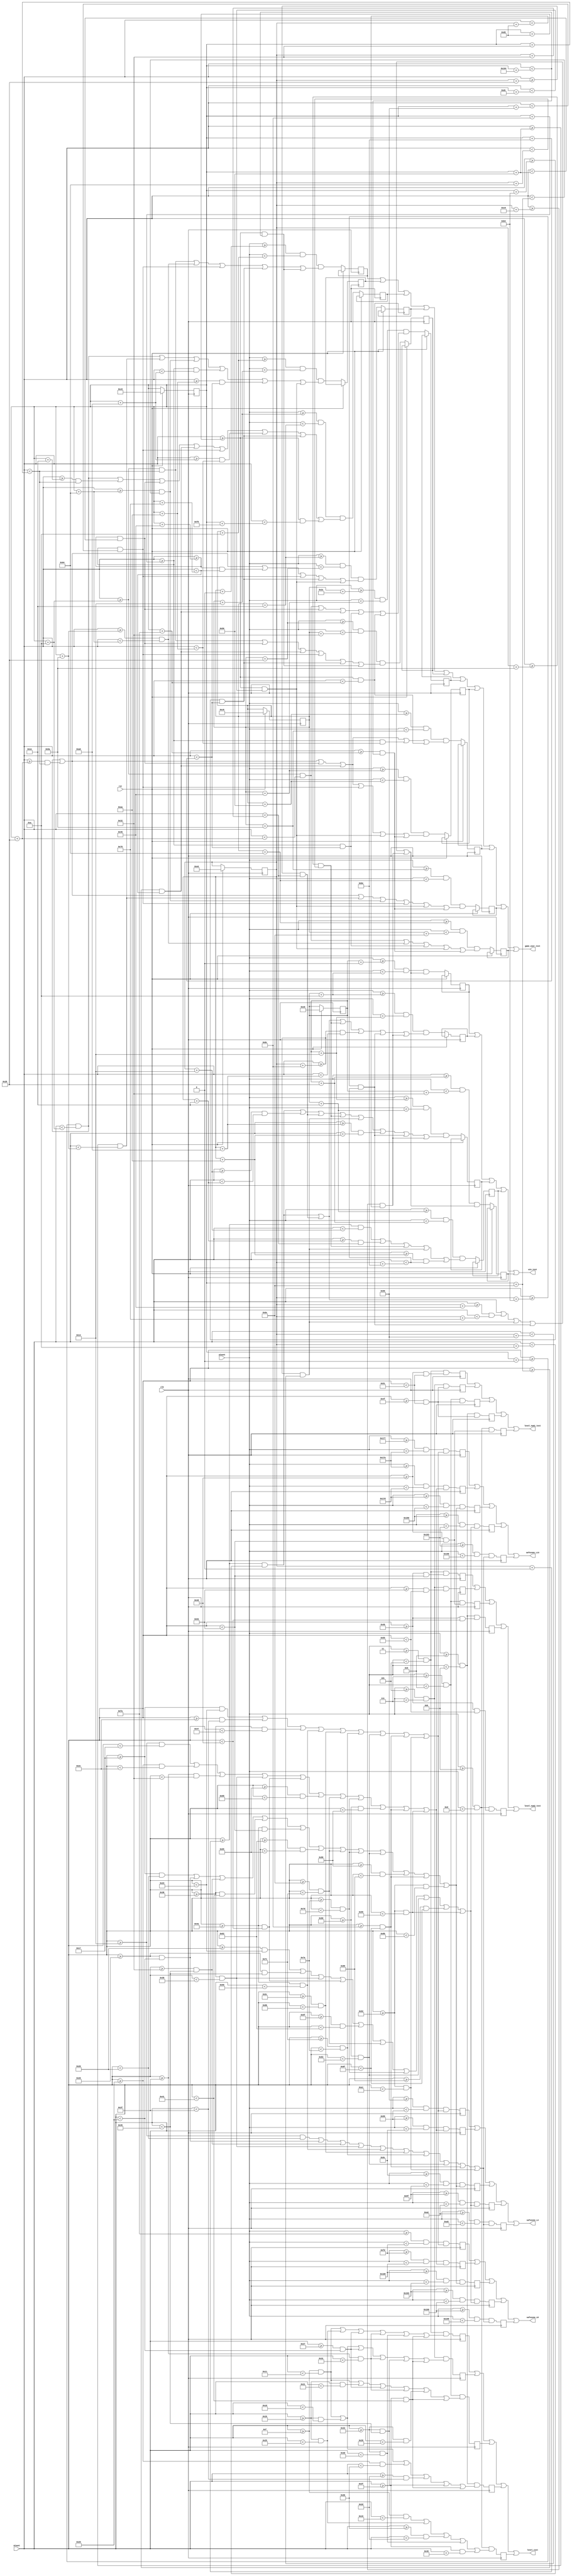
module text(clk,rst,xCount,yCount,game_over_text,win_text,level_text,level_num1_text,level_num2_text,safezone_L4,safezone_L8,safezone_L13);
input clk,rst;
input [9:0]xCount;
input [9:0] yCount;
wire [9:0] xCount;
wire [9:0] yCount;

output game_over_text;
output win_text;
output level_text;
output level_num1_text;
output level_num2_text;
output safezone_L4;
output safezone_L8;
output safezone_L13;


////game over text////
wire game_over_text;
assign game_over_text = (go1 || go2 || go3 || go4 || go5 || go6 || go7 || go8 || go9 || go10);
reg [9:0] game_overX[0:31];
reg [8:0] game_overY[0:31];

//the words "GAME OVER" are displayed with "GAME" above "OVER" and are written with 5 blocks of 10 horizontal pixels (letters are 50 pixels tall) with a 10 pixel gap between the words

//"GAME"
reg go1, go2, go3, go4, go5;

//10 pixel gap

//"OVER"
reg go6, go7, go8, go9, go10;

always@(posedge clk) 
	begin	
			if (rst == 1'b1)
				begin
					game_overX[0] = 10'd200;
					game_overY[0] = 9'd200;
					
				end
			else
				begin
					//"GAME"
					go1 = ((yCount >= (game_overY[0] + 9'd0))  && (yCount < (game_overY[0] + 9'd10)))  &&  ( ( (xCount >= (game_overX[0] + 10'd10)) && (xCount < (game_overX[0] + 10'd50)) ) || ( (xCount >= (game_overX[0] + 10'd90)) && (xCount < (game_overX[0] + 10'd100)) ) || ( (xCount >= (game_overX[0] + 10'd140)) && (xCount < (game_overX[0] + 10'd150)) ) || ( (xCount >= (game_overX[0] + 10'd180)) && (xCount < (game_overX[0] + 10'd190)) ) || ( (xCount >= (game_overX[0] + 10'd210)) && (xCount < (game_overX[0] + 10'd260)) )  );
					go2 = ((yCount >= (game_overY[0] + 9'd10)) && (yCount < (game_overY[0] + 9'd20)))  &&  ( ( (xCount >= (game_overX[0] + 10'd0)) && (xCount < (game_overX[0] + 10'd10)) ) || ( (xCount >= (game_overX[0] + 10'd80)) && (xCount < (game_overX[0] + 10'd90)) ) || ( (xCount >= (game_overX[0] + 10'd100)) && (xCount < (game_overX[0] + 10'd110)) ) || ( (xCount >= (game_overX[0] + 10'd140)) && (xCount < (game_overX[0] + 10'd160)) ) || ( (xCount >= (game_overX[0] + 10'd170)) && (xCount < (game_overX[0] + 10'd190)) ) || ( (xCount >= (game_overX[0] + 10'd210)) && (xCount < (game_overX[0] + 10'd220)) ) );
					go3 = ((yCount >= (game_overY[0] + 9'd20)) && (yCount < (game_overY[0] + 9'd30)))  &&  ( ( (xCount >= (game_overX[0] + 10'd0)) && (xCount < (game_overX[0] + 10'd10)) ) || ( (xCount >= (game_overX[0] + 10'd30)) && (xCount < (game_overX[0] + 10'd50)) ) || ( (xCount >= (game_overX[0] + 10'd70)) && (xCount < (game_overX[0] + 10'd80)) ) || ( (xCount >= (game_overX[0] + 10'd110)) && (xCount < (game_overX[0] + 10'd120)) ) || ( (xCount >= (game_overX[0] + 10'd140)) && (xCount < (game_overX[0] + 10'd150)) ) || ( (xCount >= (game_overX[0] + 10'd160)) && (xCount < (game_overX[0] + 10'd170)) ) || ( (xCount >= (game_overX[0] + 10'd180)) && (xCount < (game_overX[0] + 10'd190)) ) || ( (xCount >= (game_overX[0] + 10'd210)) && (xCount < (game_overX[0] + 10'd240)) ) );
					go4 = ((yCount >= (game_overY[0] + 9'd30)) && (yCount < (game_overY[0] + 9'd40)))  &&  ( ( (xCount >= (game_overX[0] + 10'd0)) && (xCount < (game_overX[0] + 10'd10)) ) || ( (xCount >= (game_overX[0] + 10'd40)) && (xCount < (game_overX[0] + 10'd50)) ) || ( (xCount >= (game_overX[0] + 10'd70)) && (xCount < (game_overX[0] + 10'd120)) ) || ( (xCount >= (game_overX[0] + 10'd140)) && (xCount < (game_overX[0] + 10'd150)) ) || ( (xCount >= (game_overX[0] + 10'd180)) && (xCount < (game_overX[0] + 10'd190)) ) || ( (xCount >= (game_overX[0] + 10'd210)) && (xCount < (game_overX[0] + 10'd220)) ) );
					go5 = ((yCount >= (game_overY[0] + 9'd40)) && (yCount < (game_overY[0] + 9'd50)))  &&  ( ( (xCount >= (game_overX[0] + 10'd10)) && (xCount < (game_overX[0] + 10'd50)) ) || ( (xCount >= (game_overX[0] + 10'd70)) && (xCount < (game_overX[0] + 10'd80)) ) || ( (xCount >= (game_overX[0] + 10'd110)) && (xCount < (game_overX[0] + 10'd120)) ) || ( (xCount >= (game_overX[0] + 10'd140)) && (xCount < (game_overX[0] + 10'd150)) ) || ( (xCount >= (game_overX[0] + 10'd180)) && (xCount < (game_overX[0] + 10'd190)) ) || ( (xCount >= (game_overX[0] + 10'd210)) && (xCount < (game_overX[0] + 10'd260)) ) );
					//gap
					//"OVER"
					go6 =  ((yCount >= (game_overY[0] + 9'd60))  && (yCount < (game_overY[0] + 9'd70)))  &&  ( ( (xCount >= (game_overX[0] + 10'd10)) && (xCount < (game_overX[0] + 10'd40)) ) || ( (xCount >= (game_overX[0] + 10'd70)) && (xCount < (game_overX[0] + 10'd80)) ) || ( (xCount >= (game_overX[0] + 10'd110)) && (xCount < (game_overX[0] + 10'd120)) ) || ( (xCount >= (game_overX[0] + 10'd140)) && (xCount < (game_overX[0] + 10'd190)) ) || ( (xCount >= (game_overX[0] + 10'd210)) && (xCount < (game_overX[0] + 10'd250)) ) );
					go7 =  ((yCount >= (game_overY[0] + 9'd70))  && (yCount < (game_overY[0] + 9'd80)))  &&  ( ( (xCount >= (game_overX[0] + 10'd0)) && (xCount < (game_overX[0] + 10'd10)) ) || ( (xCount >= (game_overX[0] + 10'd40)) && (xCount < (game_overX[0] + 10'd50)) ) || ( (xCount >= (game_overX[0] + 10'd70)) && (xCount < (game_overX[0] + 10'd80)) ) || ( (xCount >= (game_overX[0] + 10'd110)) && (xCount < (game_overX[0] + 10'd120)) ) || ( (xCount >= (game_overX[0] + 10'd140)) && (xCount < (game_overX[0] + 10'd150)) ) || ( (xCount >= (game_overX[0] + 10'd210)) && (xCount < (game_overX[0] + 10'd220)) ) || ( (xCount >= (game_overX[0] + 10'd250)) && (xCount < (game_overX[0] + 10'd260)) ) );
					go8 =  ((yCount >= (game_overY[0] + 9'd80))  && (yCount < (game_overY[0] + 9'd90)))  &&  ( ( (xCount >= (game_overX[0] + 10'd0)) && (xCount < (game_overX[0] + 10'd10)) ) || ( (xCount >= (game_overX[0] + 10'd40)) && (xCount < (game_overX[0] + 10'd50)) ) || ( (xCount >= (game_overX[0] + 10'd70)) && (xCount < (game_overX[0] + 10'd80)) ) || ( (xCount >= (game_overX[0] + 10'd110)) && (xCount < (game_overX[0] + 10'd120)) ) || ( (xCount >= (game_overX[0] + 10'd140)) && (xCount < (game_overX[0] + 10'd170)) ) || ( (xCount >= (game_overX[0] + 10'd210)) && (xCount < (game_overX[0] + 10'd250)) ) );
					go9 =  ((yCount >= (game_overY[0] + 9'd90))  && (yCount < (game_overY[0] + 9'd100))) &&  ( ( (xCount >= (game_overX[0] + 10'd0)) && (xCount < (game_overX[0] + 10'd10)) ) || ( (xCount >= (game_overX[0] + 10'd40)) && (xCount < (game_overX[0] + 10'd50)) ) || ( (xCount >= (game_overX[0] + 10'd80)) && (xCount < (game_overX[0] + 10'd90)) ) || ( (xCount >= (game_overX[0] + 10'd100)) && (xCount < (game_overX[0] + 10'd110)) ) || ( (xCount >= (game_overX[0] + 10'd140)) && (xCount < (game_overX[0] + 10'd150)) ) || ( (xCount >= (game_overX[0] + 10'd210)) && (xCount < (game_overX[0] + 10'd220)) ) || ( (xCount >= (game_overX[0] + 10'd250)) && (xCount < (game_overX[0] + 10'd260)) ) );
					go10 = ((yCount >= (game_overY[0] + 9'd100)) && (yCount < (game_overY[0] + 9'd110))) &&  ( ( (xCount >= (game_overX[0] + 10'd10)) && (xCount < (game_overX[0] + 10'd40)) ) || ( (xCount >= (game_overX[0] + 10'd90)) && (xCount < (game_overX[0] + 10'd100)) ) || ( (xCount >= (game_overX[0] + 10'd140)) && (xCount < (game_overX[0] + 10'd190)) ) || ( (xCount >= (game_overX[0] + 10'd210)) && (xCount < (game_overX[0] + 10'd220)) ) || ( (xCount >= (game_overX[0] + 10'd250)) && (xCount < (game_overX[0] + 10'd260)) ) );
				end
	end
//
////

////win text////
wire win_text;
assign win_text = (win1 || win2 || win3 || win4 || win5);
reg [9:0] wt_X[0:31];
reg [8:0] wt_Y[0:31];

// the text "WIN!" is written in the same style as the game over text
reg win1, win2, win3, win4, win5;

always @(posedge clk)
	begin
		if (rst == 1'b1)
			begin
				wt_X[0] = 10'd230;
				wt_Y[0] = 9'd230;
			end
		else
			begin
			//"WIN!"
			win1 = ((yCount >= (wt_Y[0] + 9'd0))  && (yCount < (wt_Y[0] + 9'd10)))  && ( ( (xCount >= (wt_X[0] + 10'd0)) && (xCount < (wt_X[0] + 10'd10)) ) || ( (xCount >= (wt_X[0] + 10'd40)) && (xCount < (wt_X[0] + 10'd50)) ) || ( (xCount >= (wt_X[0] + 10'd70)) && (xCount < (wt_X[0] + 10'd120)) ) || ( (xCount >= (wt_X[0] + 10'd140)) && (xCount < (wt_X[0] + 10'd150)) ) || ((xCount >= (wt_X[0] + 10'd180)) && (xCount < (wt_X[0] + 10'd190)) ) || ( (xCount >= (wt_X[0] + 10'd200)) && (xCount < (wt_X[0] + 10'd210)) ) );
			win2 = ((yCount >= (wt_Y[0] + 9'd10)) && (yCount < (wt_Y[0] + 9'd20)))  && ( ( (xCount >= (wt_X[0] + 10'd0)) && (xCount < (wt_X[0] + 10'd10)) ) || ( (xCount >= (wt_X[0] + 10'd40)) && (xCount < (wt_X[0] + 10'd50)) ) || ( (xCount >= (wt_X[0] + 10'd90)) && (xCount < (wt_X[0] + 10'd100)) ) || ( (xCount >= (wt_X[0] + 10'd140)) && (xCount < (wt_X[0] + 10'd160)) ) || ((xCount >= (wt_X[0] + 10'd180)) && (xCount < (wt_X[0] + 10'd190)) ) || ( (xCount >= (wt_X[0] + 10'd200)) && (xCount < (wt_X[0] + 10'd210)) ) );
			win3 = ((yCount >= (wt_Y[0] + 9'd20)) && (yCount < (wt_Y[0] + 9'd30)))  && ( ( (xCount >= (wt_X[0] + 10'd0)) && (xCount < (wt_X[0] + 10'd10)) ) || ( (xCount >= (wt_X[0] + 10'd20)) && (xCount < (wt_X[0] + 10'd30)) ) || ( (xCount >= (wt_X[0] + 10'd40)) && (xCount < (wt_X[0] + 10'd50)) ) || ( (xCount >= (wt_X[0] + 10'd90)) && (xCount < (wt_X[0] + 10'd100)) ) || ( (xCount >= (wt_X[0] + 10'd140)) && (xCount < (wt_X[0] + 10'd150)) ) || ((xCount >= (wt_X[0] + 10'd160)) && (xCount < (wt_X[0] + 10'd170)) ) || ( (xCount >= (wt_X[0] + 10'd180)) && (xCount < (wt_X[0] + 10'd190)) ) || ( (xCount >= (wt_X[0] + 10'd200)) && (xCount < (wt_X[0] + 10'd210)) ) );
			win4 = ((yCount >= (wt_Y[0] + 9'd30)) && (yCount < (wt_Y[0] + 9'd40)))  && ( ( (xCount >= (wt_X[0] + 10'd0)) && (xCount < (wt_X[0] + 10'd20)) ) || ( (xCount >= (wt_X[0] + 10'd30)) && (xCount < (wt_X[0] + 10'd50)) ) || ( (xCount >= (wt_X[0] + 10'd90)) && (xCount < (wt_X[0] + 10'd100)) ) || ( (xCount >= (wt_X[0] + 10'd140)) && (xCount < (wt_X[0] + 10'd150)) ) || ((xCount >= (wt_X[0] + 10'd170)) && (xCount < (wt_X[0] + 10'd190)) ) );
			win5 = ((yCount >= (wt_Y[0] + 9'd40)) && (yCount < (wt_Y[0] + 9'd50)))  && ( ( (xCount >= (wt_X[0] + 10'd0)) && (xCount < (wt_X[0] + 10'd10)) ) || ( (xCount >= (wt_X[0] + 10'd40)) && (xCount < (wt_X[0] + 10'd50)) ) || ( (xCount >= (wt_X[0] + 10'd70)) && (xCount < (wt_X[0] + 10'd120)) ) || ( (xCount >= (wt_X[0] + 10'd140)) && (xCount < (wt_X[0] + 10'd150)) ) || ((xCount >= (wt_X[0] + 10'd180)) && (xCount < (wt_X[0] + 10'd190)) ) || ( (xCount >= (wt_X[0] + 10'd200)) && (xCount < (wt_X[0] + 10'd210)) ) );
			end
	end
//
////

////level and level number text////
//the text "LEVEL 1" and "LEVEL 2" is written in the same font as the win and game over text, but is scaled down from blocks that are 10 pixels each to blocks that are 2 pixels each
wire level_text;
wire level_num1_text;
wire level_num2_text;
reg [9:0] level_X[0:31];
reg [8:0] level_Y[0:31];

assign level_text = (lvl1 || lvl2 || lvl3 || lvl4 || lvl5);
assign level_num1_text = (lvone1 || lvone2 || lvone3 || lvone4 || lvone5);
assign level_num2_text = (lvtwo1 || lvtwo2 || lvtwo3 || lvtwo4 || lvtwo5);

reg lvl1, lvl2, lvl3, lvl4, lvl5;
reg lvone1, lvone2, lvone3, lvone4, lvone5;
reg lvtwo1, lvtwo2, lvtwo3, lvtwo4, lvtwo5;

always @(posedge clk)
	begin
		level_X[0] = 10'd15;
		level_Y[0] = 9'd3;
		//"LEVEL"
		lvl1 = ((yCount >= (level_Y[0] + 9'd0))  && (yCount < (level_Y[0] + 9'd2)))  && ( ( (xCount >= (level_X[0] + 10'd0)) && (xCount < (level_X[0] + 10'd2)) )  || ( (xCount >= (level_X[0] + 10'd12)) && (xCount < (level_X[0] + 10'd22)) ) || ( (xCount >= (level_X[0] + 10'd24)) && (xCount < (level_X[0] + 10'd26)) ) || ( (xCount >= (level_X[0] + 10'd32)) && (xCount < (level_X[0] + 10'd34)) ) || ( (xCount >= (level_X[0] + 10'd36)) && (xCount < (level_X[0] + 10'd46)) ) || ( (xCount >= (level_X[0] + 10'd48)) && (xCount < (level_X[0] + 10'd50)) ) );
		lvl2 = ((yCount >= (level_Y[0] + 9'd2))  && (yCount < (level_Y[0] + 9'd4)))  && ( ( (xCount >= (level_X[0] + 10'd0)) && (xCount < (level_X[0] + 10'd2)) )  || ( (xCount >= (level_X[0] + 10'd12)) && (xCount < (level_X[0] + 10'd14)) ) || ( (xCount >= (level_X[0] + 10'd24)) && (xCount < (level_X[0] + 10'd26)) ) || ( (xCount >= (level_X[0] + 10'd32)) && (xCount < (level_X[0] + 10'd34)) ) || ( (xCount >= (level_X[0] + 10'd36)) && (xCount < (level_X[0] + 10'd38)) ) || ( (xCount >= (level_X[0] + 10'd48)) && (xCount < (level_X[0] + 10'd50)) ) );
		lvl3 = ((yCount >= (level_Y[0] + 9'd4))  && (yCount < (level_Y[0] + 9'd6)))  && ( ( (xCount >= (level_X[0] + 10'd0)) && (xCount < (level_X[0] + 10'd2)) )  || ( (xCount >= (level_X[0] + 10'd12)) && (xCount < (level_X[0] + 10'd18)) ) || ( (xCount >= (level_X[0] + 10'd24)) && (xCount < (level_X[0] + 10'd26)) ) || ( (xCount >= (level_X[0] + 10'd32)) && (xCount < (level_X[0] + 10'd34)) ) || ( (xCount >= (level_X[0] + 10'd36)) && (xCount < (level_X[0] + 10'd42)) ) || ( (xCount >= (level_X[0] + 10'd48)) && (xCount < (level_X[0] + 10'd50)) ) );
		lvl4 = ((yCount >= (level_Y[0] + 9'd6))  && (yCount < (level_Y[0] + 9'd8)))  && ( ( (xCount >= (level_X[0] + 10'd0)) && (xCount < (level_X[0] + 10'd2)) )  || ( (xCount >= (level_X[0] + 10'd12)) && (xCount < (level_X[0] + 10'd14)) ) || ( (xCount >= (level_X[0] + 10'd26)) && (xCount < (level_X[0] + 10'd28)) ) || ( (xCount >= (level_X[0] + 10'd30)) && (xCount < (level_X[0] + 10'd32)) ) || ( (xCount >= (level_X[0] + 10'd36)) && (xCount < (level_X[0] + 10'd38)) ) || ( (xCount >= (level_X[0] + 10'd48)) && (xCount < (level_X[0] + 10'd50)) ) );
		lvl5 = ((yCount >= (level_Y[0] + 9'd8))  && (yCount < (level_Y[0] + 9'd10))) && ( ( (xCount >= (level_X[0] + 10'd0)) && (xCount < (level_X[0] + 10'd10)) ) || ( (xCount >= (level_X[0] + 10'd12)) && (xCount < (level_X[0] + 10'd22)) ) || ( (xCount >= (level_X[0] + 10'd28)) && (xCount < (level_X[0] + 10'd30)) ) || ( (xCount >= (level_X[0] + 10'd36)) && (xCount < (level_X[0] + 10'd46)) ) || ( (xCount >= (level_X[0] + 10'd48)) && (xCount < (level_X[0] + 10'd58)) )  );
		
		//"1"
		lvone1 = ((yCount >= (level_Y[0] + 9'd0))  && (yCount < (level_Y[0] + 9'd2)))   && ( (xCount >= (level_X[0] + 10'd62)) && (xCount < (level_X[0] + 10'd66)) );
		lvone2 = ((yCount >= (level_Y[0] + 9'd2))  && (yCount < (level_Y[0] + 9'd4)))   && ( (xCount >= (level_X[0] + 10'd64)) && (xCount < (level_X[0] + 10'd66)) );
		lvone3 = ((yCount >= (level_Y[0] + 9'd4))  && (yCount < (level_Y[0] + 9'd6)))   && ( (xCount >= (level_X[0] + 10'd64)) && (xCount < (level_X[0] + 10'd66)) );
		lvone4 = ((yCount >= (level_Y[0] + 9'd6))  && (yCount < (level_Y[0] + 9'd8)))   && ( (xCount >= (level_X[0] + 10'd64)) && (xCount < (level_X[0] + 10'd66)) );
		lvone5 = ((yCount >= (level_Y[0] + 9'd8))  && (yCount < (level_Y[0] + 9'd10)))  && ( (xCount >= (level_X[0] + 10'd62)) && (xCount < (level_X[0] + 10'd68)) );
		
		//"2"
		lvtwo1 = ((yCount >= (level_Y[0] + 9'd0))  && (yCount < (level_Y[0] + 9'd2)))   && ( (xCount >= (level_X[0] + 10'd60)) && (xCount < (level_X[0] + 10'd68)) );
		lvtwo2 = ((yCount >= (level_Y[0] + 9'd2))  && (yCount < (level_Y[0] + 9'd4)))   && ( (xCount >= (level_X[0] + 10'd68)) && (xCount < (level_X[0] + 10'd70)) );
		lvtwo3 = ((yCount >= (level_Y[0] + 9'd4))  && (yCount < (level_Y[0] + 9'd6)))   && ( (xCount >= (level_X[0] + 10'd62)) && (xCount < (level_X[0] + 10'd68)) );
		lvtwo4 = ((yCount >= (level_Y[0] + 9'd6))  && (yCount < (level_Y[0] + 9'd8)))   && ( (xCount >= (level_X[0] + 10'd60)) && (xCount < (level_X[0] + 10'd62)) );
		lvtwo5 = ((yCount >= (level_Y[0] + 9'd8))  && (yCount < (level_Y[0] + 9'd10)))  && ( (xCount >= (level_X[0] + 10'd60)) && (xCount < (level_X[0] + 10'd70)) );
	end
//
////

////safe zone text////
//the text "SAFE ZONE" is written in the same font as the other text, but is scaled to blocks that are 3 pixels each

//there are 3 "safe zone" lanes in level one only
wire safezone_L4;  //lane 4
wire safezone_L8;  //lane 8
wire safezone_L13; //lane 13

reg [9:0] sz4_X[0:31];
reg [8:0] sz4_Y[0:31];
reg [9:0] sz8_X[0:31];
reg [8:0] sz8_Y[0:31];
reg [9:0] sz13_X[0:31];
reg [8:0] sz13_Y[0:31];

assign safezone_L4 = (s4_1 || s4_2 || s4_3 || s4_4 || s4_5);
assign safezone_L8 = (s8_1 || s8_2 || s8_3 || s8_4 || s8_5);
assign safezone_L13 = (s13_1 || s13_2 || s13_3 || s13_4 || s13_5);

reg s4_1, s4_2, s4_3, s4_4, s4_5;
reg s8_1, s8_2, s8_3, s8_4, s8_5;
reg s13_1, s13_2, s13_3, s13_4, s13_5;

always @(posedge clk)
	begin
		sz4_X[0] = 10'd20;
		sz4_Y[0] = 9'd150;
		sz8_X[0] = 10'd20;
		sz8_Y[0] = 9'd250;
		sz13_X[0] = 10'd20;
		sz13_Y[0] = 9'd375;
		
		//"SAFE ZONE" in lane 4
		s4_1 = ((yCount >= (sz4_Y[0] + 9'd0))  && (yCount < (sz4_Y[0] + 9'd3)))   && ( ( (xCount >= (sz4_X[0] + 10'd3)) && (xCount < (sz4_X[0] + 10'd15)) ) || ( (xCount >= (sz4_X[0] + 10'd24)) && (xCount < (sz4_X[0] + 10'd27)) ) || ( (xCount >= (sz4_X[0] + 10'd36)) && (xCount < (sz4_X[0] + 10'd51)) ) || ( (xCount >= (sz4_X[0] + 10'd54)) && (xCount < (sz4_X[0] + 10'd69)) ) || ( (xCount >= (sz4_X[0] + 10'd72)) && (xCount < (sz4_X[0] + 10'd87)) ) || ( (xCount >= (sz4_X[0] + 10'd93)) && (xCount < (sz4_X[0] + 10'd102)) ) || ( (xCount >= (sz4_X[0] + 10'd108)) && (xCount < (sz4_X[0] + 10'd111)) ) || ( (xCount >= (sz4_X[0] + 10'd120)) && (xCount < (sz4_X[0] + 10'd123)) ) || ( (xCount >= (sz4_X[0] + 10'd126)) && (xCount < (sz4_X[0] + 10'd141)) ) );
		s4_2 = ((yCount >= (sz4_Y[0] + 9'd3))  && (yCount < (sz4_Y[0] + 9'd6)))   && ( ( (xCount >= (sz4_X[0] + 10'd0)) && (xCount < (sz4_X[0] + 10'd3)) ) ||  ( (xCount >= (sz4_X[0] + 10'd21)) && (xCount < (sz4_X[0] + 10'd24)) ) || ( (xCount >= (sz4_X[0] + 10'd27)) && (xCount < (sz4_X[0] + 10'd30)) ) || ( (xCount >= (sz4_X[0] + 10'd36)) && (xCount < (sz4_X[0] + 10'd39)) ) || ( (xCount >= (sz4_X[0] + 10'd54)) && (xCount < (sz4_X[0] + 10'd57)) ) || ( (xCount >= (sz4_X[0] + 10'd81)) && (xCount < (sz4_X[0] + 10'd84)) ) || ( (xCount >= (sz4_X[0] + 10'd90)) && (xCount < (sz4_X[0] + 10'd93)) ) || ( (xCount >= (sz4_X[0] + 10'd102)) && (xCount < (sz4_X[0] + 10'd105)) ) || ( (xCount >= (sz4_X[0] + 10'd108)) && (xCount < (sz4_X[0] + 10'd114)) ) || ( (xCount >= (sz4_X[0] + 10'd120)) && (xCount < (sz4_X[0] + 10'd123)) ) || ( (xCount >= (sz4_X[0] + 10'd126)) && (xCount < (sz4_X[0] + 10'd129)) ) );
		s4_3 = ((yCount >= (sz4_Y[0] + 9'd6))  && (yCount < (sz4_Y[0] + 9'd9)))   && ( ( (xCount >= (sz4_X[0] + 10'd3)) && (xCount < (sz4_X[0] + 10'd12)) ) ||  ( (xCount >= (sz4_X[0] + 10'd18)) && (xCount < (sz4_X[0] + 10'd21)) ) || ( (xCount >= (sz4_X[0] + 10'd30)) && (xCount < (sz4_X[0] + 10'd33)) ) || ( (xCount >= (sz4_X[0] + 10'd36)) && (xCount < (sz4_X[0] + 10'd45)) ) || ( (xCount >= (sz4_X[0] + 10'd54)) && (xCount < (sz4_X[0] + 10'd63)) ) || ( (xCount >= (sz4_X[0] + 10'd78)) && (xCount < (sz4_X[0] + 10'd81)) ) || ( (xCount >= (sz4_X[0] + 10'd90)) && (xCount < (sz4_X[0] + 10'd93)) ) || ( (xCount >= (sz4_X[0] + 10'd102)) && (xCount < (sz4_X[0] + 10'd105)) ) || ( (xCount >= (sz4_X[0] + 10'd108)) && (xCount < (sz4_X[0] + 10'd111)) ) || ( (xCount >= (sz4_X[0] + 10'd114)) && (xCount < (sz4_X[0] + 10'd117)) ) || ( (xCount >= (sz4_X[0] + 10'd120)) && (xCount < (sz4_X[0] + 10'd123)) ) || ( (xCount >= (sz4_X[0] + 10'd126)) && (xCount < (sz4_X[0] + 10'd135)) ) );
		s4_4 = ((yCount >= (sz4_Y[0] + 9'd9))  && (yCount < (sz4_Y[0] + 9'd12)))  && ( ( (xCount >= (sz4_X[0] + 10'd12)) && (xCount < (sz4_X[0] + 10'd15)) ) || ( (xCount >= (sz4_X[0] + 10'd18)) && (xCount < (sz4_X[0] + 10'd33)) ) || ( (xCount >= (sz4_X[0] + 10'd36)) && (xCount < (sz4_X[0] + 10'd39)) ) || ( (xCount >= (sz4_X[0] + 10'd54)) && (xCount < (sz4_X[0] + 10'd57)) ) || ( (xCount >= (sz4_X[0] + 10'd75)) && (xCount < (sz4_X[0] + 10'd78)) ) || ( (xCount >= (sz4_X[0] + 10'd90)) && (xCount < (sz4_X[0] + 10'd93)) ) || ( (xCount >= (sz4_X[0] + 10'd102)) && (xCount < (sz4_X[0] + 10'd105)) ) || ( (xCount >= (sz4_X[0] + 10'd108)) && (xCount < (sz4_X[0] + 10'd111)) ) || ( (xCount >= (sz4_X[0] + 10'd117)) && (xCount < (sz4_X[0] + 10'd123)) ) || ( (xCount >= (sz4_X[0] + 10'd126)) && (xCount < (sz4_X[0] + 10'd129)) ) );
		s4_5 = ((yCount >= (sz4_Y[0] + 9'd12)) && (yCount < (sz4_Y[0] + 9'd15)))  && ( ( (xCount >= (sz4_X[0] + 10'd0)) && (xCount < (sz4_X[0] + 10'd12)) ) || ( (xCount >= (sz4_X[0] + 10'd18)) && (xCount < (sz4_X[0] + 10'd21)) ) || ( (xCount >= (sz4_X[0] + 10'd30)) && (xCount < (sz4_X[0] + 10'd33)) ) || ( (xCount >= (sz4_X[0] + 10'd36)) && (xCount < (sz4_X[0] + 10'd39)) ) || ( (xCount >= (sz4_X[0] + 10'd54)) && (xCount < (sz4_X[0] + 10'd69)) ) || ( (xCount >= (sz4_X[0] + 10'd72)) && (xCount < (sz4_X[0] + 10'd87)) ) || ( (xCount >= (sz4_X[0] + 10'd93)) && (xCount < (sz4_X[0] + 10'd102)) ) || ( (xCount >= (sz4_X[0] + 10'd108)) && (xCount < (sz4_X[0] + 10'd111)) ) || ( (xCount >= (sz4_X[0] + 10'd120)) && (xCount < (sz4_X[0] + 10'd123)) ) || ( (xCount >= (sz4_X[0] + 10'd126)) && (xCount < (sz4_X[0] + 10'd141)) ) );		
		
		//"SAFE ZONE" in lane 8
		s8_1 = ((yCount >= (sz8_Y[0] + 9'd0))  && (yCount < (sz8_Y[0] + 9'd3)))   && ( ( (xCount >= (sz8_X[0] + 10'd3)) && (xCount < (sz8_X[0] + 10'd15)) ) || ( (xCount >= (sz8_X[0] + 10'd24)) && (xCount < (sz8_X[0] + 10'd27)) ) || ( (xCount >= (sz8_X[0] + 10'd36)) && (xCount < (sz8_X[0] + 10'd51)) ) || ( (xCount >= (sz8_X[0] + 10'd54)) && (xCount < (sz8_X[0] + 10'd69)) ) || ( (xCount >= (sz8_X[0] + 10'd72)) && (xCount < (sz8_X[0] + 10'd87)) ) || ( (xCount >= (sz8_X[0] + 10'd93)) && (xCount < (sz8_X[0] + 10'd102)) ) || ( (xCount >= (sz8_X[0] + 10'd108)) && (xCount < (sz8_X[0] + 10'd111)) ) || ( (xCount >= (sz8_X[0] + 10'd120)) && (xCount < (sz8_X[0] + 10'd123)) ) || ( (xCount >= (sz8_X[0] + 10'd126)) && (xCount < (sz8_X[0] + 10'd141)) ) );
		s8_2 = ((yCount >= (sz8_Y[0] + 9'd3))  && (yCount < (sz8_Y[0] + 9'd6)))   && ( ( (xCount >= (sz8_X[0] + 10'd0)) && (xCount < (sz8_X[0] + 10'd3)) ) ||  ( (xCount >= (sz8_X[0] + 10'd21)) && (xCount < (sz8_X[0] + 10'd24)) ) || ( (xCount >= (sz8_X[0] + 10'd27)) && (xCount < (sz8_X[0] + 10'd30)) ) || ( (xCount >= (sz8_X[0] + 10'd36)) && (xCount < (sz8_X[0] + 10'd39)) ) || ( (xCount >= (sz8_X[0] + 10'd54)) && (xCount < (sz8_X[0] + 10'd57)) ) || ( (xCount >= (sz8_X[0] + 10'd81)) && (xCount < (sz8_X[0] + 10'd84)) ) || ( (xCount >= (sz8_X[0] + 10'd90)) && (xCount < (sz8_X[0] + 10'd93)) ) || ( (xCount >= (sz8_X[0] + 10'd102)) && (xCount < (sz8_X[0] + 10'd105)) ) || ( (xCount >= (sz8_X[0] + 10'd108)) && (xCount < (sz8_X[0] + 10'd114)) ) || ( (xCount >= (sz8_X[0] + 10'd120)) && (xCount < (sz8_X[0] + 10'd123)) ) || ( (xCount >= (sz8_X[0] + 10'd126)) && (xCount < (sz8_X[0] + 10'd129)) ) );
		s8_3 = ((yCount >= (sz8_Y[0] + 9'd6))  && (yCount < (sz8_Y[0] + 9'd9)))   && ( ( (xCount >= (sz8_X[0] + 10'd3)) && (xCount < (sz8_X[0] + 10'd12)) ) ||  ( (xCount >= (sz8_X[0] + 10'd18)) && (xCount < (sz8_X[0] + 10'd21)) ) || ( (xCount >= (sz8_X[0] + 10'd30)) && (xCount < (sz8_X[0] + 10'd33)) ) || ( (xCount >= (sz8_X[0] + 10'd36)) && (xCount < (sz8_X[0] + 10'd45)) ) || ( (xCount >= (sz8_X[0] + 10'd54)) && (xCount < (sz8_X[0] + 10'd63)) ) ||  ( (xCount >= (sz8_X[0] + 10'd78)) && (xCount < (sz8_X[0] + 10'd81)) ) || ( (xCount >= (sz8_X[0] + 10'd90)) && (xCount < (sz8_X[0] + 10'd93)) ) || ( (xCount >= (sz8_X[0] + 10'd102)) && (xCount < (sz8_X[0] + 10'd105)) ) || ( (xCount >= (sz8_X[0] + 10'd108)) && (xCount < (sz8_X[0] + 10'd111)) ) || ( (xCount >= (sz8_X[0] + 10'd114)) && (xCount < (sz8_X[0] + 10'd117)) ) || ( (xCount >= (sz8_X[0] + 10'd120)) && (xCount < (sz8_X[0] + 10'd123)) ) || ( (xCount >= (sz8_X[0] + 10'd126)) && (xCount < (sz8_X[0] + 10'd135)) ) );
		s8_4 = ((yCount >= (sz8_Y[0] + 9'd9))  && (yCount < (sz8_Y[0] + 9'd12)))  && ( ( (xCount >= (sz8_X[0] + 10'd12)) && (xCount < (sz8_X[0] + 10'd15)) ) || ( (xCount >= (sz8_X[0] + 10'd18)) && (xCount < (sz8_X[0] + 10'd33)) ) || ( (xCount >= (sz8_X[0] + 10'd36)) && (xCount < (sz8_X[0] + 10'd39)) ) || ( (xCount >= (sz8_X[0] + 10'd54)) && (xCount < (sz8_X[0] + 10'd57)) ) || ( (xCount >= (sz8_X[0] + 10'd75)) && (xCount < (sz8_X[0] + 10'd78)) ) || ( (xCount >= (sz8_X[0] + 10'd90)) && (xCount < (sz8_X[0] + 10'd93)) ) || ( (xCount >= (sz8_X[0] + 10'd102)) && (xCount < (sz8_X[0] + 10'd105)) ) || ( (xCount >= (sz8_X[0] + 10'd108)) && (xCount < (sz8_X[0] + 10'd111)) ) || ( (xCount >= (sz8_X[0] + 10'd117)) && (xCount < (sz8_X[0] + 10'd123)) ) || ( (xCount >= (sz8_X[0] + 10'd126)) && (xCount < (sz8_X[0] + 10'd129)) ) );
		s8_5 = ((yCount >= (sz8_Y[0] + 9'd12)) && (yCount < (sz8_Y[0] + 9'd15)))  && ( ( (xCount >= (sz8_X[0] + 10'd0)) && (xCount < (sz8_X[0] + 10'd12)) ) || ( (xCount >= (sz8_X[0] + 10'd18)) && (xCount < (sz8_X[0] + 10'd21)) ) || ( (xCount >= (sz8_X[0] + 10'd30)) && (xCount < (sz8_X[0] + 10'd33)) ) || ( (xCount >= (sz8_X[0] + 10'd36)) && (xCount < (sz8_X[0] + 10'd39)) ) || ( (xCount >= (sz8_X[0] + 10'd54)) && (xCount < (sz8_X[0] + 10'd69)) ) || ( (xCount >= (sz8_X[0] + 10'd72)) && (xCount < (sz8_X[0] + 10'd87)) ) || ( (xCount >= (sz8_X[0] + 10'd93)) && (xCount < (sz8_X[0] + 10'd102)) ) || ( (xCount >= (sz8_X[0] + 10'd108)) && (xCount < (sz8_X[0] + 10'd111)) ) || ( (xCount >= (sz8_X[0] + 10'd120)) && (xCount < (sz8_X[0] + 10'd123)) ) || ( (xCount >= (sz8_X[0] + 10'd126)) && (xCount < (sz8_X[0] + 10'd141)) ) );		
		
		//"SAFE ZONE" in lane 13
		s13_1 = ((yCount >= (sz13_Y[0] + 9'd0))  && (yCount < (sz13_Y[0] + 9'd3)))   && ( ( (xCount >= (sz13_X[0] + 10'd3)) && (xCount < (sz13_X[0] + 10'd15)) ) || ( (xCount >= (sz13_X[0] + 10'd24)) && (xCount < (sz13_X[0] + 10'd27)) ) || ( (xCount >= (sz13_X[0] + 10'd36)) && (xCount < (sz13_X[0] + 10'd51)) ) || ( (xCount >= (sz13_X[0] + 10'd54)) && (xCount < (sz13_X[0] + 10'd69)) ) || ( (xCount >= (sz13_X[0] + 10'd72)) && (xCount < (sz13_X[0] + 10'd87)) ) || ( (xCount >= (sz13_X[0] + 10'd93)) && (xCount < (sz13_X[0] + 10'd102)) ) || ( (xCount >= (sz13_X[0] + 10'd108)) && (xCount < (sz13_X[0] + 10'd111)) ) || ( (xCount >= (sz13_X[0] + 10'd120)) && (xCount < (sz13_X[0] + 10'd123)) ) || ( (xCount >= (sz13_X[0] + 10'd126)) && (xCount < (sz13_X[0] + 10'd141)) ) );
		s13_2 = ((yCount >= (sz13_Y[0] + 9'd3))  && (yCount < (sz13_Y[0] + 9'd6)))   && ( ( (xCount >= (sz13_X[0] + 10'd0)) && (xCount < (sz13_X[0] + 10'd3)) ) ||  ( (xCount >= (sz13_X[0] + 10'd21)) && (xCount < (sz13_X[0] + 10'd24)) ) || ( (xCount >= (sz13_X[0] + 10'd27)) && (xCount < (sz13_X[0] + 10'd30)) ) || ( (xCount >= (sz13_X[0] + 10'd36)) && (xCount < (sz13_X[0] + 10'd39)) ) || ( (xCount >= (sz13_X[0] + 10'd54)) && (xCount < (sz13_X[0] + 10'd57)) ) || ( (xCount >= (sz13_X[0] + 10'd81)) && (xCount < (sz13_X[0] + 10'd84)) ) || ( (xCount >= (sz13_X[0] + 10'd90)) && (xCount < (sz13_X[0] + 10'd93)) ) || ( (xCount >= (sz13_X[0] + 10'd102)) && (xCount < (sz13_X[0] + 10'd105)) ) || ( (xCount >= (sz13_X[0] + 10'd108)) && (xCount < (sz13_X[0] + 10'd114)) ) || ( (xCount >= (sz13_X[0] + 10'd120)) && (xCount < (sz13_X[0] + 10'd123)) ) || ( (xCount >= (sz13_X[0] + 10'd126)) && (xCount < (sz13_X[0] + 10'd129)) ) );
		s13_3 = ((yCount >= (sz13_Y[0] + 9'd6))  && (yCount < (sz13_Y[0] + 9'd9)))   && ( ( (xCount >= (sz13_X[0] + 10'd3)) && (xCount < (sz13_X[0] + 10'd12)) ) ||  ( (xCount >= (sz13_X[0] + 10'd18)) && (xCount < (sz13_X[0] + 10'd21)) ) || ( (xCount >= (sz13_X[0] + 10'd30)) && (xCount < (sz13_X[0] + 10'd33)) ) || ( (xCount >= (sz13_X[0] + 10'd36)) && (xCount < (sz13_X[0] + 10'd45)) ) || ( (xCount >= (sz13_X[0] + 10'd54)) && (xCount < (sz13_X[0] + 10'd63)) ) ||  ( (xCount >= (sz13_X[0] + 10'd78)) && (xCount < (sz13_X[0] + 10'd81)) ) || ( (xCount >= (sz13_X[0] + 10'd90)) && (xCount < (sz13_X[0] + 10'd93)) ) || ( (xCount >= (sz13_X[0] + 10'd102)) && (xCount < (sz13_X[0] + 10'd105)) ) || ( (xCount >= (sz13_X[0] + 10'd108)) && (xCount < (sz13_X[0] + 10'd111)) ) || ( (xCount >= (sz13_X[0] + 10'd114)) && (xCount < (sz13_X[0] + 10'd117)) ) || ( (xCount >= (sz13_X[0] + 10'd120)) && (xCount < (sz13_X[0] + 10'd123)) ) || ( (xCount >= (sz13_X[0] + 10'd126)) && (xCount < (sz13_X[0] + 10'd135)) ) );
		s13_4 = ((yCount >= (sz13_Y[0] + 9'd9))  && (yCount < (sz13_Y[0] + 9'd12)))  && ( ( (xCount >= (sz13_X[0] + 10'd12)) && (xCount < (sz13_X[0] + 10'd15)) ) || ( (xCount >= (sz13_X[0] + 10'd18)) && (xCount < (sz13_X[0] + 10'd33)) ) || ( (xCount >= (sz13_X[0] + 10'd36)) && (xCount < (sz13_X[0] + 10'd39)) ) || ( (xCount >= (sz13_X[0] + 10'd54)) && (xCount < (sz13_X[0] + 10'd57)) ) || ( (xCount >= (sz13_X[0] + 10'd75)) && (xCount < (sz13_X[0] + 10'd78)) ) || ( (xCount >= (sz13_X[0] + 10'd90)) && (xCount < (sz13_X[0] + 10'd93)) ) || ( (xCount >= (sz13_X[0] + 10'd102)) && (xCount < (sz13_X[0] + 10'd105)) ) || ( (xCount >= (sz13_X[0] + 10'd108)) && (xCount < (sz13_X[0] + 10'd111)) ) || ( (xCount >= (sz13_X[0] + 10'd117)) && (xCount < (sz13_X[0] + 10'd123)) ) || ( (xCount >= (sz13_X[0] + 10'd126)) && (xCount < (sz13_X[0] + 10'd129)) ) );
		s13_5 = ((yCount >= (sz13_Y[0] + 9'd12)) && (yCount < (sz13_Y[0] + 9'd15)))  && ( ( (xCount >= (sz13_X[0] + 10'd0)) && (xCount < (sz13_X[0] + 10'd12)) ) || ( (xCount >= (sz13_X[0] + 10'd18)) && (xCount < (sz13_X[0] + 10'd21)) ) || ( (xCount >= (sz13_X[0] + 10'd30)) && (xCount < (sz13_X[0] + 10'd33)) ) || ( (xCount >= (sz13_X[0] + 10'd36)) && (xCount < (sz13_X[0] + 10'd39)) ) || ( (xCount >= (sz13_X[0] + 10'd54)) && (xCount < (sz13_X[0] + 10'd69)) ) || ( (xCount >= (sz13_X[0] + 10'd72)) && (xCount < (sz13_X[0] + 10'd87)) ) || ( (xCount >= (sz13_X[0] + 10'd93)) && (xCount < (sz13_X[0] + 10'd102)) ) || ( (xCount >= (sz13_X[0] + 10'd108)) && (xCount < (sz13_X[0] + 10'd111)) ) || ( (xCount >= (sz13_X[0] + 10'd120)) && (xCount < (sz13_X[0] + 10'd123)) ) || ( (xCount >= (sz13_X[0] + 10'd126)) && (xCount < (sz13_X[0] + 10'd141)) ) );		
	end
// ( (xCount >= (sz4_X[0] + 10'd)) && (xCount < (sz4_X[0] + 10'd)) ) ||
////


endmodule